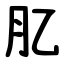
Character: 肊